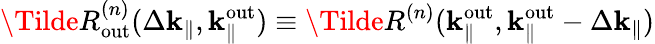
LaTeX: \Tilde{R}_{\mathrm{out}}^{(n)}(\Delta\mathbf{k}_{\parallel},\mathbf{k}_{\parallel}^{\mathrm{out}})\equiv\Tilde{R}^{(n)}(\mathbf{k}_{\parallel}^{\mathrm{out}},\mathbf{k}_{\parallel}^{\mathrm{out}}-\Delta\mathbf{k}_{\parallel})